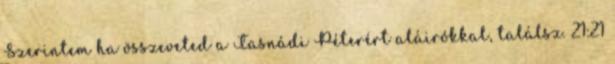
Szerintem ha összeveted a Tasnádi Péterért aláirókkal, találsz. 21:21